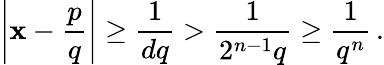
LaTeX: \left|\mathbf{x}-{\frac{{p}}{{q}}}\right|\geq{\frac{{1}}{{dq}}}>{\frac{{1}}{{2^{n-1}q}}}\geq{\frac{{1}}{{q^{n}}}}\, .